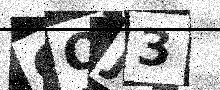
Text: COJ3